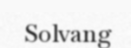
Solvang